Report on sanitation, dispensaries, and jails in Rajputana for 1916, and on vaccination for the year 1916-1917 - 1916-1917
Year: 1916
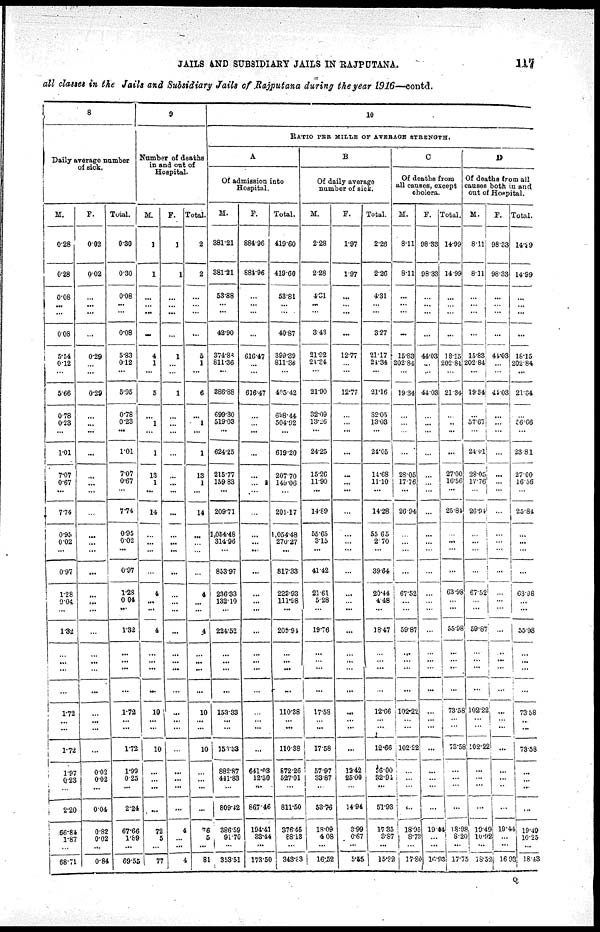
JAILS AND SUBSIDIARY JAILS IN RAJPUTANA.
117
all classes in the Jails and Subsidiary Jails of Rajputana during the year 1916—contd.
8
Daily average number
of sick.
M.
0.28
0.28
0.08
...
...
0.08
5.54
0.12
...
5.66
0.78
0.23
...
1.01
7.07
0.67
...
7.74
0.95
...
...
0.97
1.28
0.04
...
1.32
...
...
...
...
1.72
...
...
1.72
1.97
0.23
...
2.20
66.84
1.87
...
68.71
F.
0.02
0.02
...
...
...
...
0.29
...
...
0.29
...
...
...
...
...
...
...
...
...
...
...
...
...
...
...
...
...
...
...
...
...
...
...
...
0.02
0.02
...
0.04
0.82
0.02
...
0.84
Total.
0.30
0.30
0.08
...
...
0.08
5.83
0.12
...
5.95
0.78
0.23
...
1.01
7.07
0.67
...
7.74
0.95
0.02
...
0.97
1.28
0.04
...
1.32
...
...
...
...
1.72
...
...
1.72
1.99
0.25
...
2.24
67.66
1.89
...
69.55
9
Number of deaths
in and out of
Hospital.
M.
1
1
...
...
...
...
4
1
...
5
...
1
...
1
13
1
...
14
...
...
...
...
4
...
...
4
...
...
...
...
10
...
...
10
...
...
...
...
72
5
...
77
F.
1
1
...
...
...
...
1
...
...
1
...
...
...
...
...
...
...
...
...
...
...
...
...
...
...
...
...
...
...
...
...
...
...
...
...
...
...
...
4
...
...
4
Total.
2
2
...
...
...
...
5
1
...
6
...
1
...
1
13
1
...
14
...
...
...
...
...
...
...
.4
...
...
...
...
10
...
...
10
...
...
...
...
76
5
...
81
10
RATIO PER MILLE OF AVERAGE STRENGTH.
A
Of admission into
Hospital.
M.
381.21
381.21
53.88
...
...
42.90
374.88
811.36
...
386.88
699.30
519.03
...
624.25
215.77
159.83
...
209.71
1,054.48
314.96
...
853.97
...
132.10
...
221.52
...
...
...
...
153.33
...
...
153.33
882.87
441.83
...
809.42
386.59
91.70
...
853.51
F.
884.96
884.96
...
...
...
...
616.47
...
...
616.47
...
...
...
...
...
...
...
...
...
...
...
...
...
...
...
...
...
...
...
...
...
...
...
...
641.03
12.50
...
867.46
194.41
83.44
...
173.50
Total.
419.60
419.60
53.81
...
...
40.87
399.39
811.36
...
405.42
698.44
504.92
...
619.20
...
149.06
...
201.17
1,054.48
270.27
...
817.33
...
111.98
...
209.91
...
...
...
...
110.38
...
...
110.38
872.26
527.01
...
811.50
376.45
88.13
...
343.83
B
Of daily average
number of sick.
M.
2.28
2.28
4.01
...
...
3.43
21.92
21.34
...
21.90
32.09
13.26
...
24.25
15.26
11.90
...
14.89
55.65
3.15
...
41.42
21.61
5.28
...
19.76
...
...
...
...
17.58
...
...
17.58
57.97
33.87
...
53.76
18.09
4.08
...
16.52
F.
1.97
1.97
...
...
...
...
12.77
...
...
12.77
...
...
...
...
...
...
...
...
...
...
...
...
...
...
...
...
...
...
...
...
...
...
...
...
12.42
25.00
...
14.94
3.99
0.67
...
5.55
Total.
2.26
2.26
4.31
...
...
3.27
21.17
21.34
...
21.16
32.05
13.03
...
24.05
14.68
11.10
...
14.28
55.65
2.70
...
39.64
20.44
4.48
...
18.47
...
...
...
...
12.66
...
...
12.66
56.00
32.91
...
51.93
17.35
3.87
...
15.82
C
Of deaths from
all causes, except
cholera.
M.
8.11
8.11
...
...
...
...
15.83
202.84
...
19.34
...
...
...
...
28.05
17.76
...
26.94
...
...
...
...
67.52
...
...
59.87
...
...
...
...
102.22
...
...
102.22
...
...
...
...
18.95
8.73
...
17.80
F.
98.33
98.33
...
...
...
...
44.03
...
...
44.03
...
...
...
...
...
...
...
...
...
...
...
...
...
...
...
...
...
...
...
...
...
...
...
...
...
...
...
...
19.44
...
...
16.93
Total.
14.99
14.99
...
...
...
...
18.15
202.84
...
21.34
...
..
...
...
27.00
16.56
...
25.84
...
... ...
...
63.98
...
...
55.98
...
...
...
...
73.58
...
...
73.58
...
...
...
...
18.98
8.20
...
17.75
D
Of deaths from all
causes both in and
out of Hospital.
M.
8.11
8.11
...
...
...
...
15.83
202.84
...
19.34
...
57.67
...
24.01
28.05
17.76
...
26.94
...
...
...
...
67.52
...
...
59.87
...
...
...
...
102.22
...
...
102.22
...
...
...
...
19.49
10.92
...
18.52
F.
98.33
98.33
...
...
...
...
44.03
...
...
44.03
...
...
...
...
...
...
...
...
...
...
...
...
...
...
...
...
...
...
...
...
...
...
...
...
...
... ...
...
19.44
...
...
16.03
Total.
14.99
14.99
...
...
...
...
18.15
202.84
...
21.34
...
56.66
...
23.81
27.00
16.56
...
25.84
...
...
...
...
63.98
...
...
55.98
...
...
...
73.58
...
...
73.58
...
... ...
...
...
10.25
...
18.43
Q